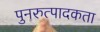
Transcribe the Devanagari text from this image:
पुनरुत्पादकता